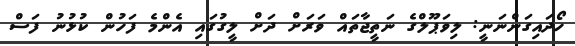
ހޯދައިގަންނަނީ: ލިވަޕޫލްގެ ނަތީޖާތައް ވަރަށް ދަށް ލީގުގައި އެންމެ ފަހުން ކުޅުނު ފަސް